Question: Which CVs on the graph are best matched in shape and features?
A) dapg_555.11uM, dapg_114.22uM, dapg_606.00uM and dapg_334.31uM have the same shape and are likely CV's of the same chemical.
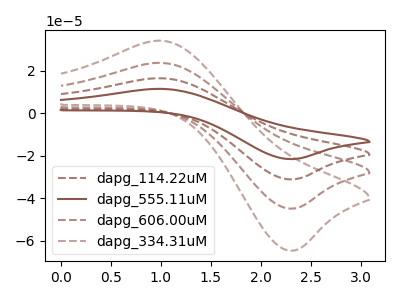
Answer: <think>The brown dashed curve "dapg_114.22uM" has an anodic peak at (1.00V, 16.40uA) and a cathodic peak at (2.30V, -31.10uA). The brown curve "dapg_555.11uM" has an anodic peak at (1.00V, 11.35uA) and a cathodic peak at (2.30V, -21.60uA). The brown dashed curve "dapg_606.00uM" has an anodic peak at (1.00V, 32.75uA) and a cathodic peak at (2.30V, -62.25uA). The brown dashed curve "dapg_334.31uM" has an anodic peak at (1.00V, 49.15uA) and a cathodic peak at (2.30V, -93.35uA).
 All the peaks in "dapg_114.22uM" have a peak in "dapg_555.11uM" at the same potential. Every peak in "dapg_114.22uM" is higher than every peak in "dapg_555.11uM". All the peaks in "dapg_114.22uM" have a peak in "dapg_606.00uM" at the same potential. Every peak in "dapg_114.22uM" is lower than every peak in "dapg_606.00uM". All the peaks in "dapg_114.22uM" have a peak in "dapg_334.31uM" at the same potential. Every peak in "dapg_114.22uM" is lower than every peak in "dapg_334.31uM". All the peaks in "dapg_555.11uM" have a peak in "dapg_606.00uM" at the same potential. Every peak in "dapg_555.11uM" is lower than every peak in "dapg_606.00uM". All the peaks in "dapg_555.11uM" have a peak in "dapg_334.31uM" at the same potential. Every peak in "dapg_555.11uM" is lower than every peak in "dapg_334.31uM". All the peaks in "dapg_606.00uM" have a peak in "dapg_334.31uM" at the same potential. Every peak in "dapg_606.00uM" is lower than every peak in "dapg_334.31uM".</think>
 <answer>A) "dapg_555.11uM", "dapg_114.22uM", "dapg_606.00uM" and "dapg_334.31uM" have the same shape and are likely CV's of the same chemical.</answer>
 <eval>A</eval>